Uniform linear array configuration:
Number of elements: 48
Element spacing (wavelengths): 0.75
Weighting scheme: hann
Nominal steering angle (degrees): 60
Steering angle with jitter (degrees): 58.951
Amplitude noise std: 0.05
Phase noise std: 0.05

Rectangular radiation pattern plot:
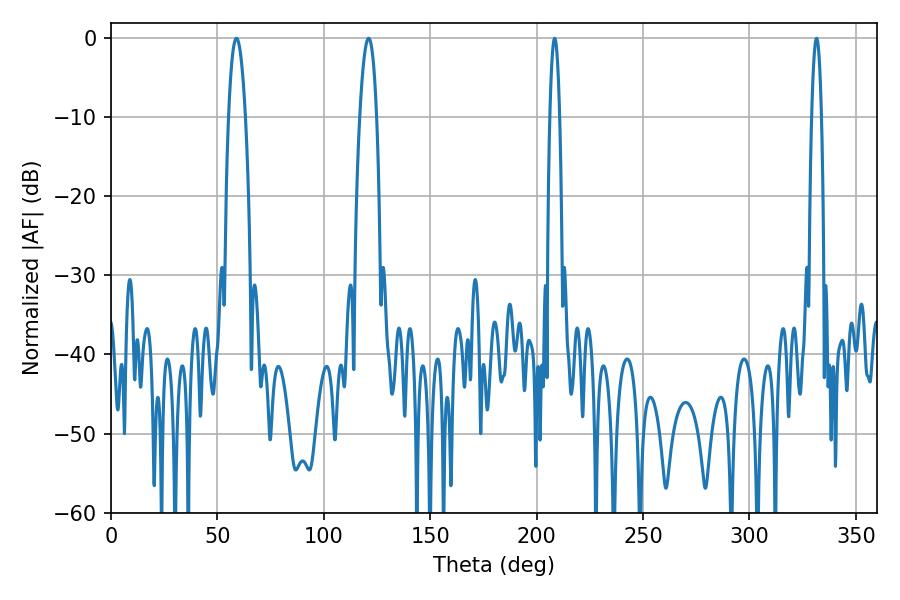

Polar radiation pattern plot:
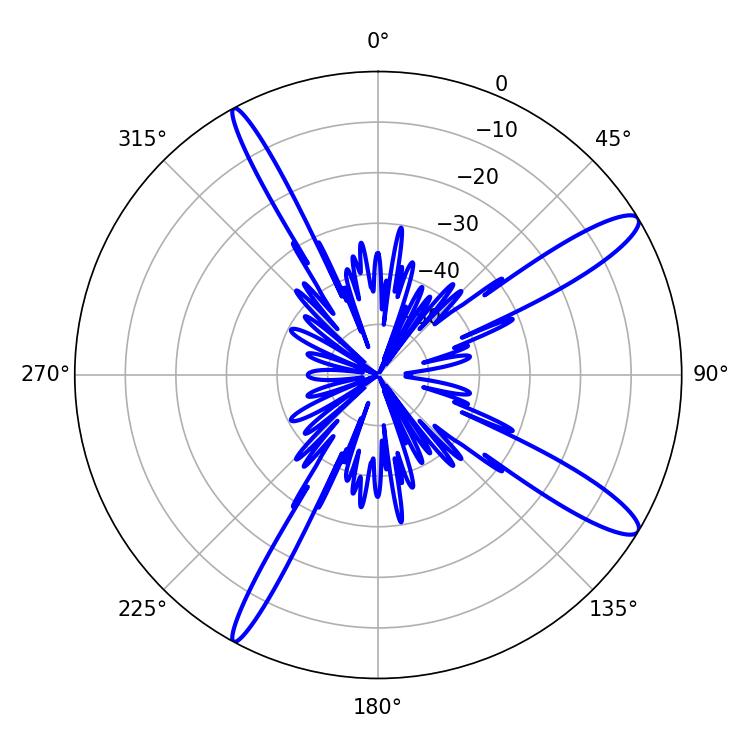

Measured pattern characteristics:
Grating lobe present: TRUE
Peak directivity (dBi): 13.191
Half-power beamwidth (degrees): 2.52
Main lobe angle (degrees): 208.44